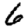
Digit: 6